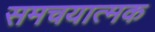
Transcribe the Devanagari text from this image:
समचयात्मक